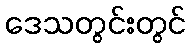
ဒေသတွင်းတွင်